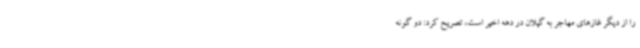
را از دیگر غازهای مهاجر به گیلان در دهه اخیر است، تصریح ‌کرد: دو گونه